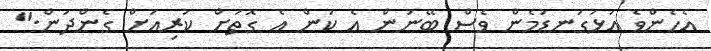
އެހެންވެ އަޅުގަނޑުމެން ވެސް ބޭނުން އެ ކަން އެ ގޮތަށް ކުރިއަށް ގެންދަން."